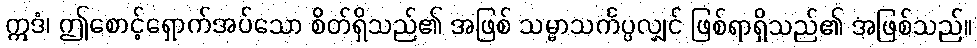
ဣဒံ၊ ဤစောင့်ရှောက်အပ်သော စိတ်ရှိသည်၏ အဖြစ် သမ္မာသင်္ကပ္ပလျှင် ဖြစ်ရာရှိသည်၏ အဖြစ်သည်။